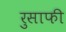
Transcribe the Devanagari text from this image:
रुसाफी